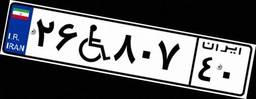
۲۶W۸۰۷۴۰